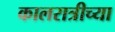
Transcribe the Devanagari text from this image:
कालरात्रीच्या